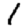
Digit: 1